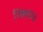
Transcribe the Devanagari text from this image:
रिक्थपत्र